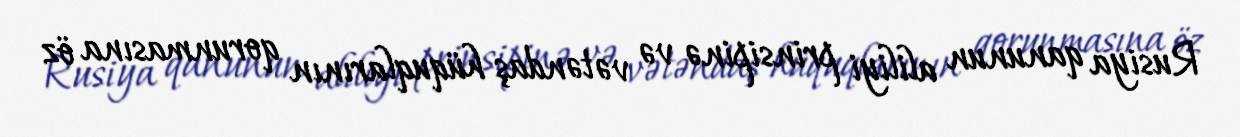
Rusiya qanunun aliliyi prinsipinə və vətəndaş hüquqlarının qorunmasına öz